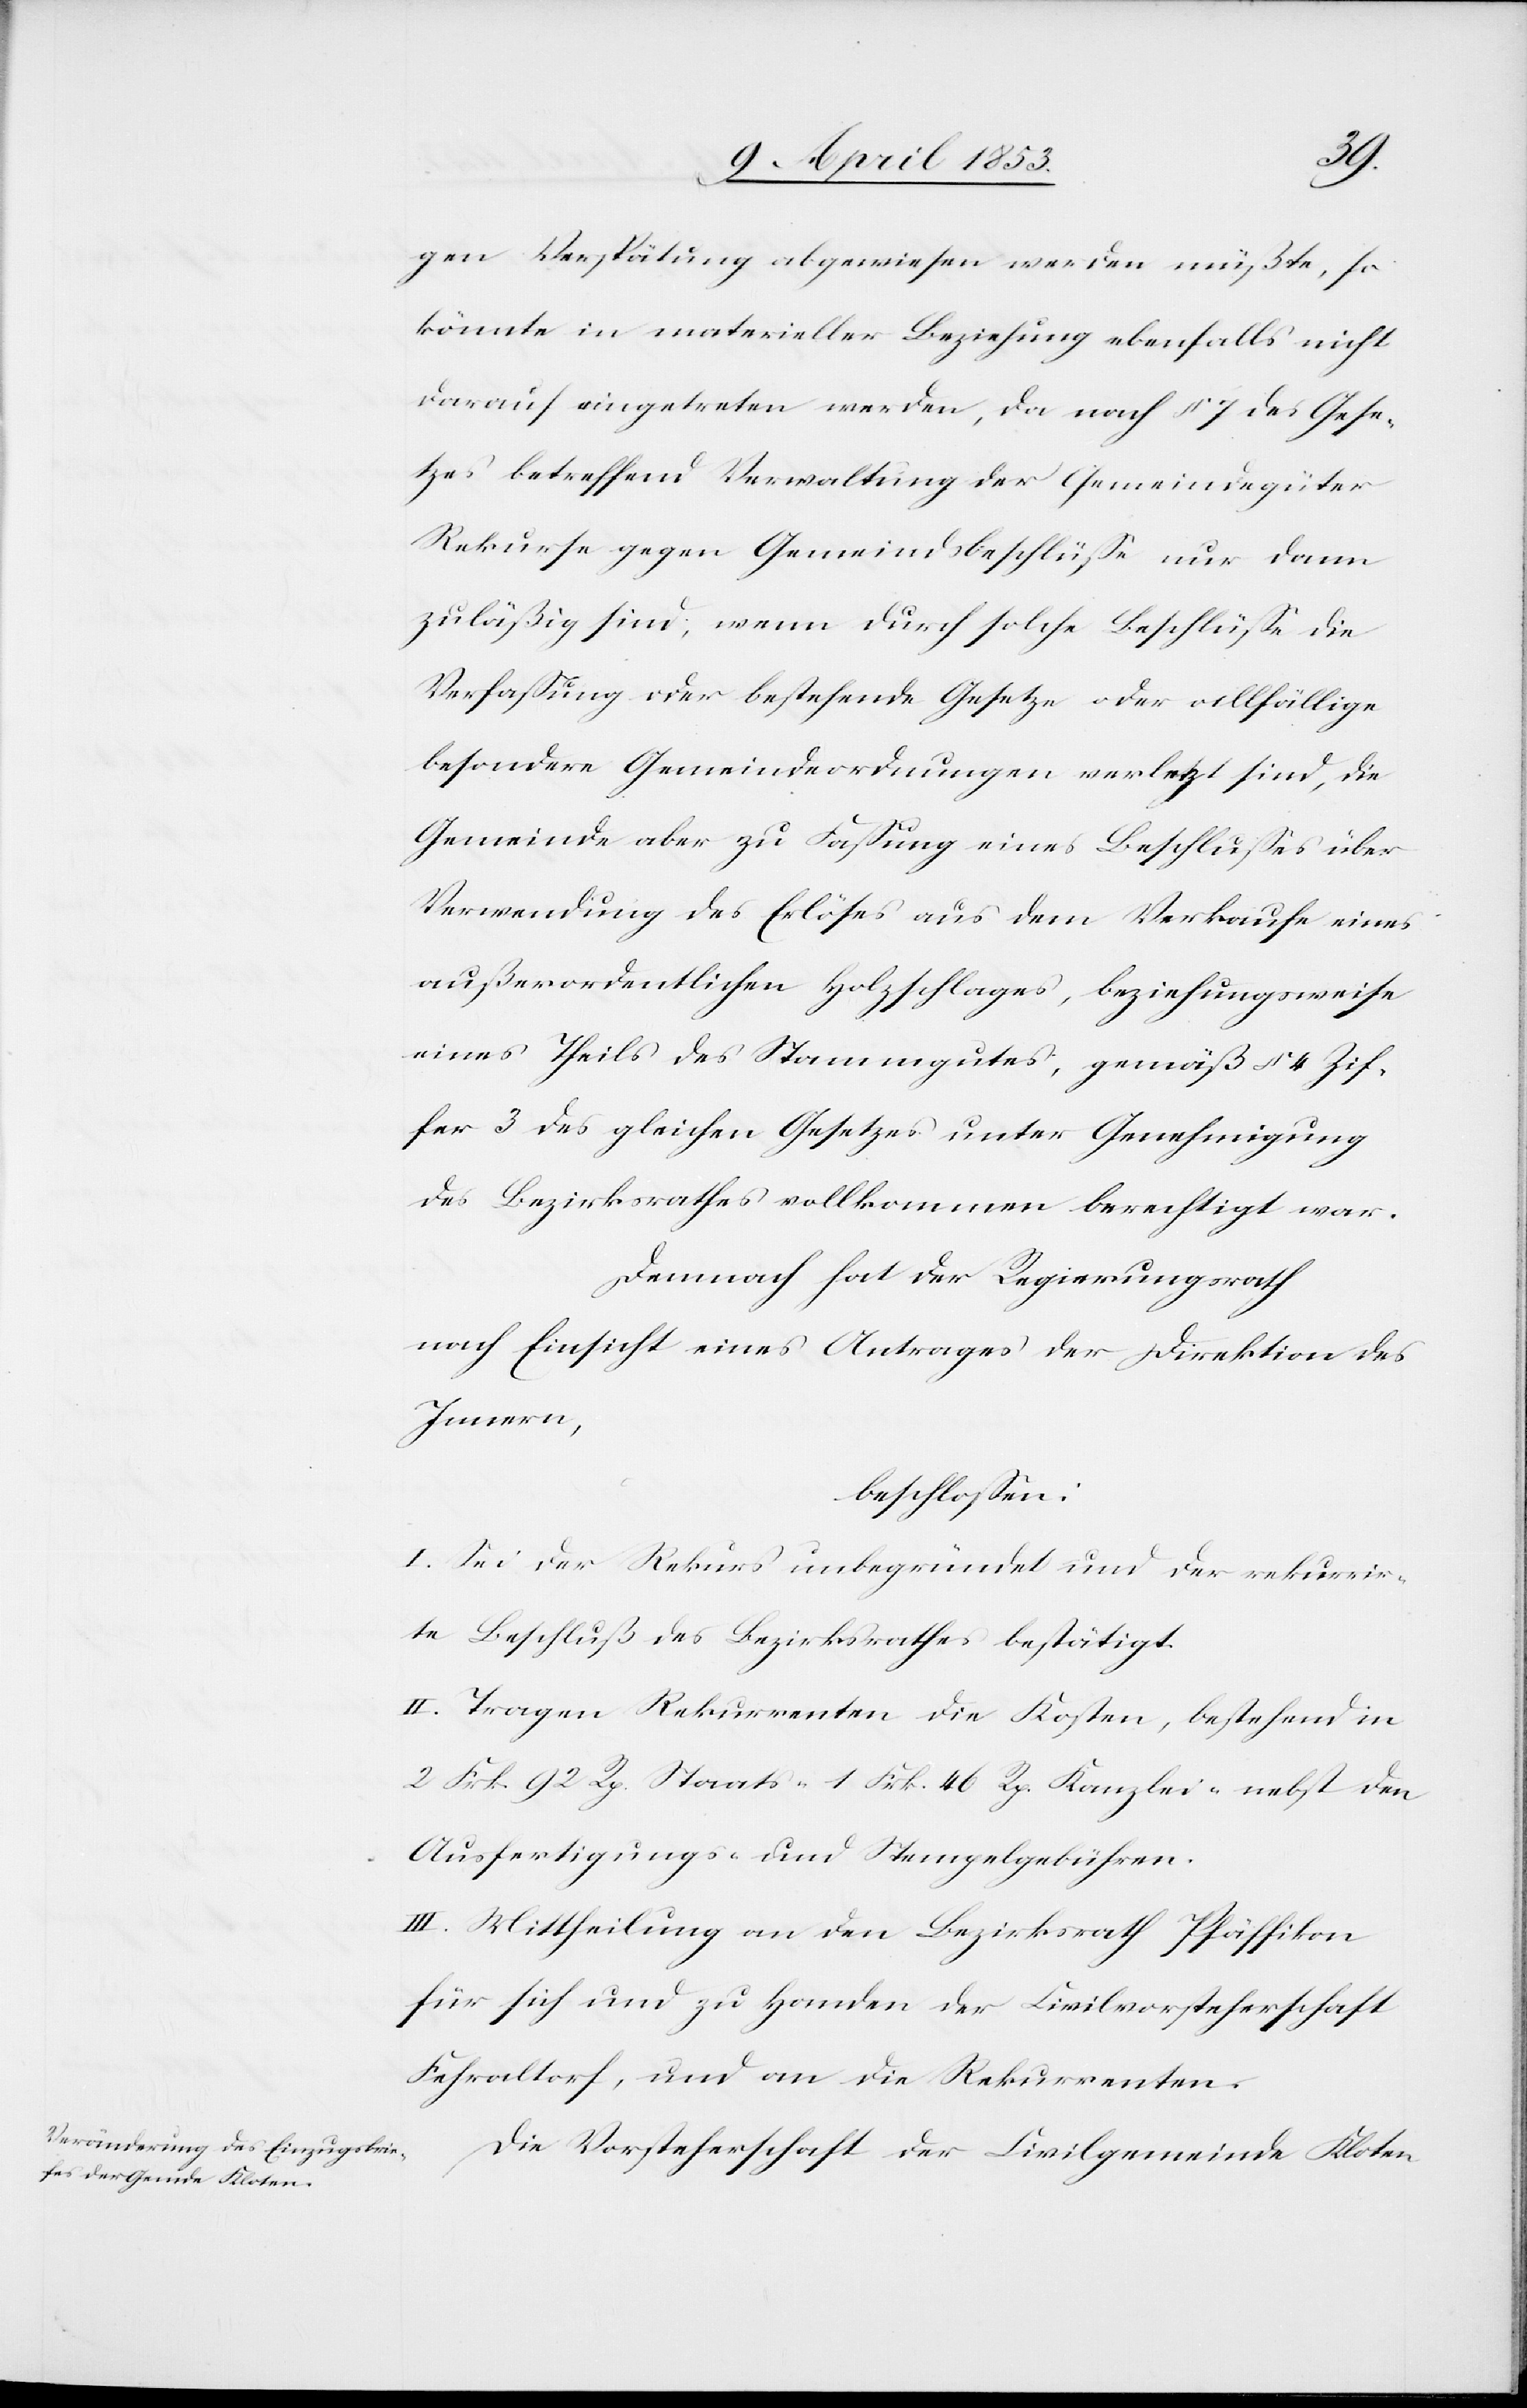
gen Verspätung abgewiesen werden müßte, so
könnte in materieller Beziehung ebenfalls nicht
darauf eingetreten werden, da nach § 7 des Gese¬
tzes betreffend Verwaltung der Gemeindsgüter
Rekurse gegen Gemeindsbeschlüße nur dann
zuläßig sind, wenn durch solche Beschlüße die
Verfaßung oder bestehende Gesetze oder allfällige
besondere Gemeindeordnungen verletzt sind, die
Gemeinde aber zu Faßung eines Beschlußes über
Verwendung des Erlöses aus dem Verkaufe eines
außerordentlichen Holzschlages, beziehungsweise
eines Theils des Stammgutes, gemäß § 4 Zif¬
fer 3 des gleichen Gesetzes unter Genehmigung
des Bezirksrathes vollkommen berechtigt war.
Demnach hat der Regierungsrath
nach Einsicht eines Antrages der Direktion des
Innern,
beschloßen:
I. Sei der Rekurs unbegründet und der rekurrir¬
te Beschluß des Bezirksrathes bestätigt.
II. Tragen Rekurrenten die Kosten, bestehend in
2 Frk. 92 Rp. Staats- 1 Frk. 46 Rp. Kanzlei- nebst den
Ausfertigungs- u. Stempelgebühren.
III. Mittheilung an den Bezirksrath Pfäffikon
für sich und zu Handen der Civilvorsteherschaft
Fehraltorf, und an die Rekurrenten.
Die Vorsteherschaft der Civilgemeinde Kloten